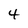
Character: 4